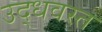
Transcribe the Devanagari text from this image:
उद्धवस्त